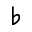
\flat